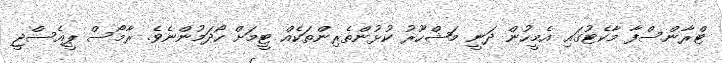
ޓްރާންސްފާ މާކެޓުގައި އެމީހުން ދަނީ މަޝްހޫރު ކުޅުންތެރިންތަކެއް ޓީމަށް ހޯދަމުންނެވެ. ރާމޯސް ޕީއެސްޖީ